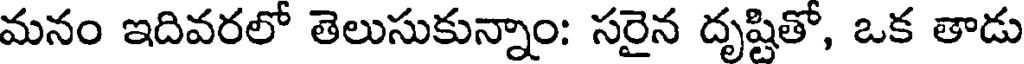
మనం ఇదివరలో తెలుసుకున్నాం: సరైన దృష్టితో, ఒక తాడు